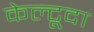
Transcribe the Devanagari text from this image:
केल्टूदा